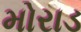
મોરાડ